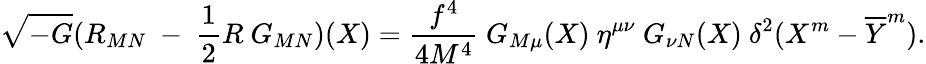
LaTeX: \sqrt{-G}(R_{MN}~-~\frac{1}{2}R~G_{MN})(X)=\frac{f^{4}}{4M^{4}}~G_{M\mu}(X)~\eta^{\mu\nu}~G_{\nu N}(X)~\delta^{2}(X^{m}-\overline{{{Y}}}^{m}).